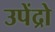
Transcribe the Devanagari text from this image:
उपेंद्रो